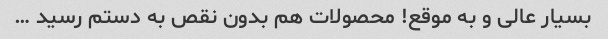
بسیار عالی و به موقع! محصولات هم بدون نقص به دستم رسید …